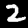
Label: 2